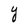
Character: Y